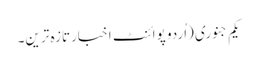
یکم جنوری (اُردو پوائنٹ اخبارتازہ ترین۔